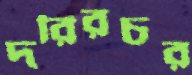
দরিরচর